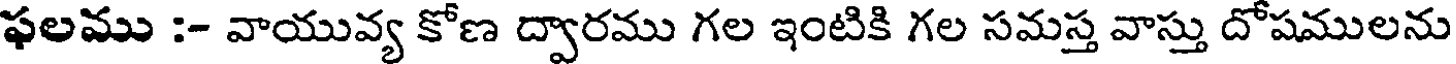
ఫలము :- వాయువ్య కోణ ద్వారము గల ఇంటికి గల సమస్త వాస్తు దోషములను